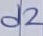
Text: d2